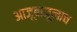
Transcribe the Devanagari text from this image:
आजूबाजूलाच